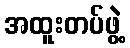
အထူးတပ်ဖွဲ့